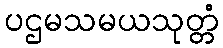
ပဌမသမယသုတ္တံ